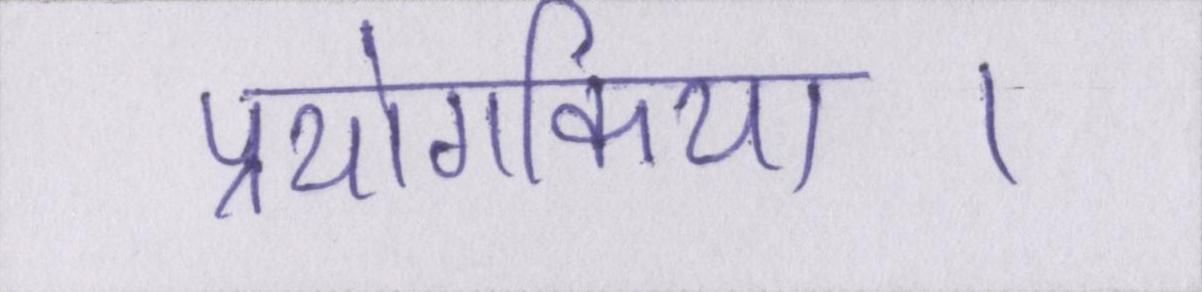
प्रयोगकिया।